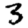
Digit: 3